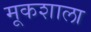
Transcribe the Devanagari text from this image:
मूकशाला